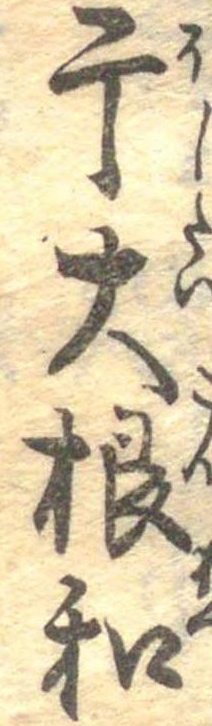
干大根和